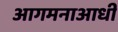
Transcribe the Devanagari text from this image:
आगमनाआधी